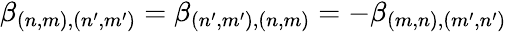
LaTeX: \begin{array}{r}{\beta_{(n,m),(n^{\prime},m^{\prime})}=\beta_{(n^{\prime},m^{\prime}),(n,m)}=-\beta_{(m,n),(m^{\prime},n^{\prime})}}\end{array}